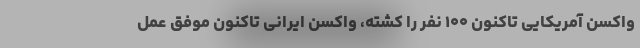
واکسن آمریکایی تاکنون ۱۰۰ نفر را کشته، واکسن ایرانی تاکنون موفق عمل